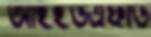
আইইউএফডি